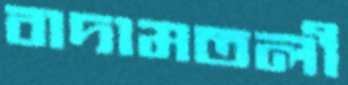
বাদামতলী